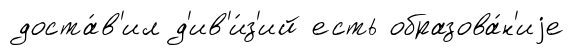
доста́в'ил д'ив'и́з'ий есть образова́н'иjе